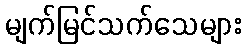
မျက်မြင်သက်သေများ